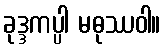
ခုဒ္ဒကပ္ပါ မဓုဿဝါ။